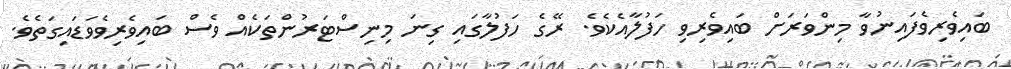
ބައިވެރިވެފައިނުވާ މިންވަރަށް ބައިވެރިވި ހަފުލާއެކެވެ. ރޭގެ ހަފުލާގައި ގިނަ މިނިސްޓަރުންތަކެއް ވެސް ބައިވެރިވެވަޑައިގަތެވެ.